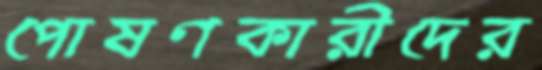
পোষণকারীদের